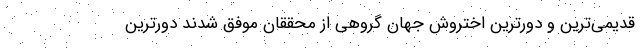
قدیمی‌ترین و دورترین اختروش جهان گروهی از محققان موفق شدند دورترین